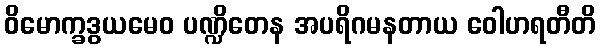
ဝိမောက္ခဒွယမေဝ ပဏ္ဍိတေန အပရိဂမနတာယ ဝေါဟရတီတိ